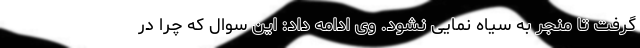
گرفت تا منجر به سیاه نمایی نشود. وی ادامه داد: این سوال که چرا در